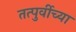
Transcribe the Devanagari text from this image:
तत्पुर्वीच्या